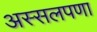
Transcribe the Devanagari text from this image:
अस्सलपणा